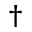
^ { \dagger }